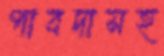
পাবদাসহ